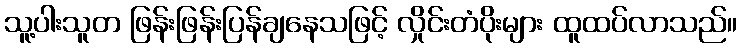
သူ့ပါးသူတ ဖြန်းဖြန်းပြန်ချနေသဖြင့် လှိုင်းတံပိုးများ ထူထပ်လာသည်။